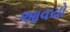
આવયો